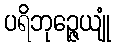
ပရိဘုဉ္ဇေယျုံ